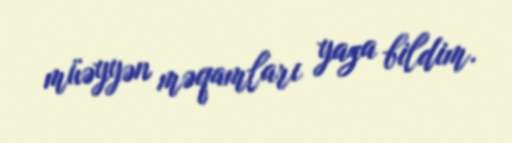
müəyyən məqamları yaza bildim.